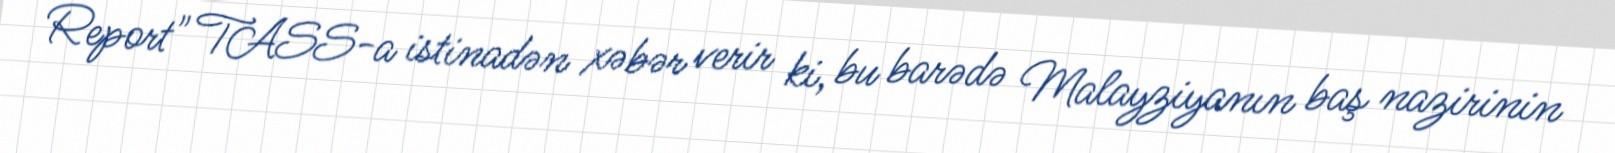
Report" TASS-a istinadən xəbər verir ki, bu barədə Malayziyanın baş nazirinin